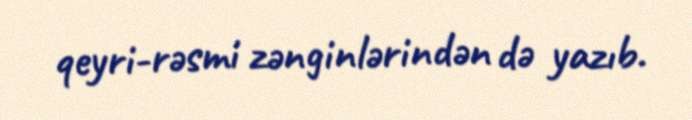
qeyri-rəsmi zənginlərindən də yazıb.